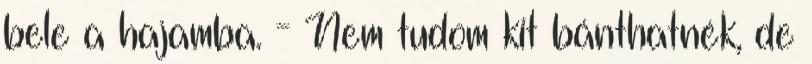
bele a hajamba. - Nem tudom kit bánthatnék, de